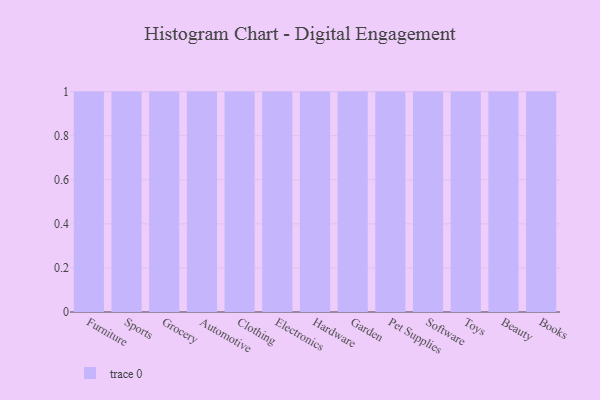
{"axis": {"x": "Category", "y": "Net Income (USD K)"}, "legend": [""], "data": [{"x": "Furniture", "y": 49, "type": ""}, {"x": "Sports", "y": 86, "type": ""}, {"x": "Grocery", "y": 59, "type": ""}, {"x": "Automotive", "y": 67, "type": ""}, {"x": "Clothing", "y": 64, "type": ""}, {"x": "Electronics", "y": 100, "type": ""}, {"x": "Hardware", "y": 64, "type": ""}, {"x": "Garden", "y": 23, "type": ""}, {"x": "Pet Supplies", "y": 1, "type": ""}, {"x": "Software", "y": 26, "type": ""}, {"x": "Toys", "y": 74, "type": ""}, {"x": "Beauty", "y": 75, "type": ""}, {"x": "Books", "y": 13, "type": ""}]}